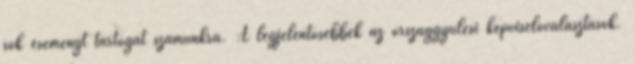
sok eseményt tartogat számunkra. A legjelentősebbek az országgyűlési képviselőválasztások.